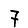
Digit: 7